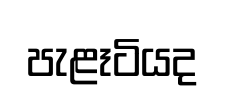
පැළෑටියද